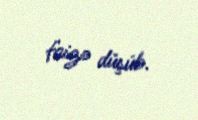
faizə düşüb.